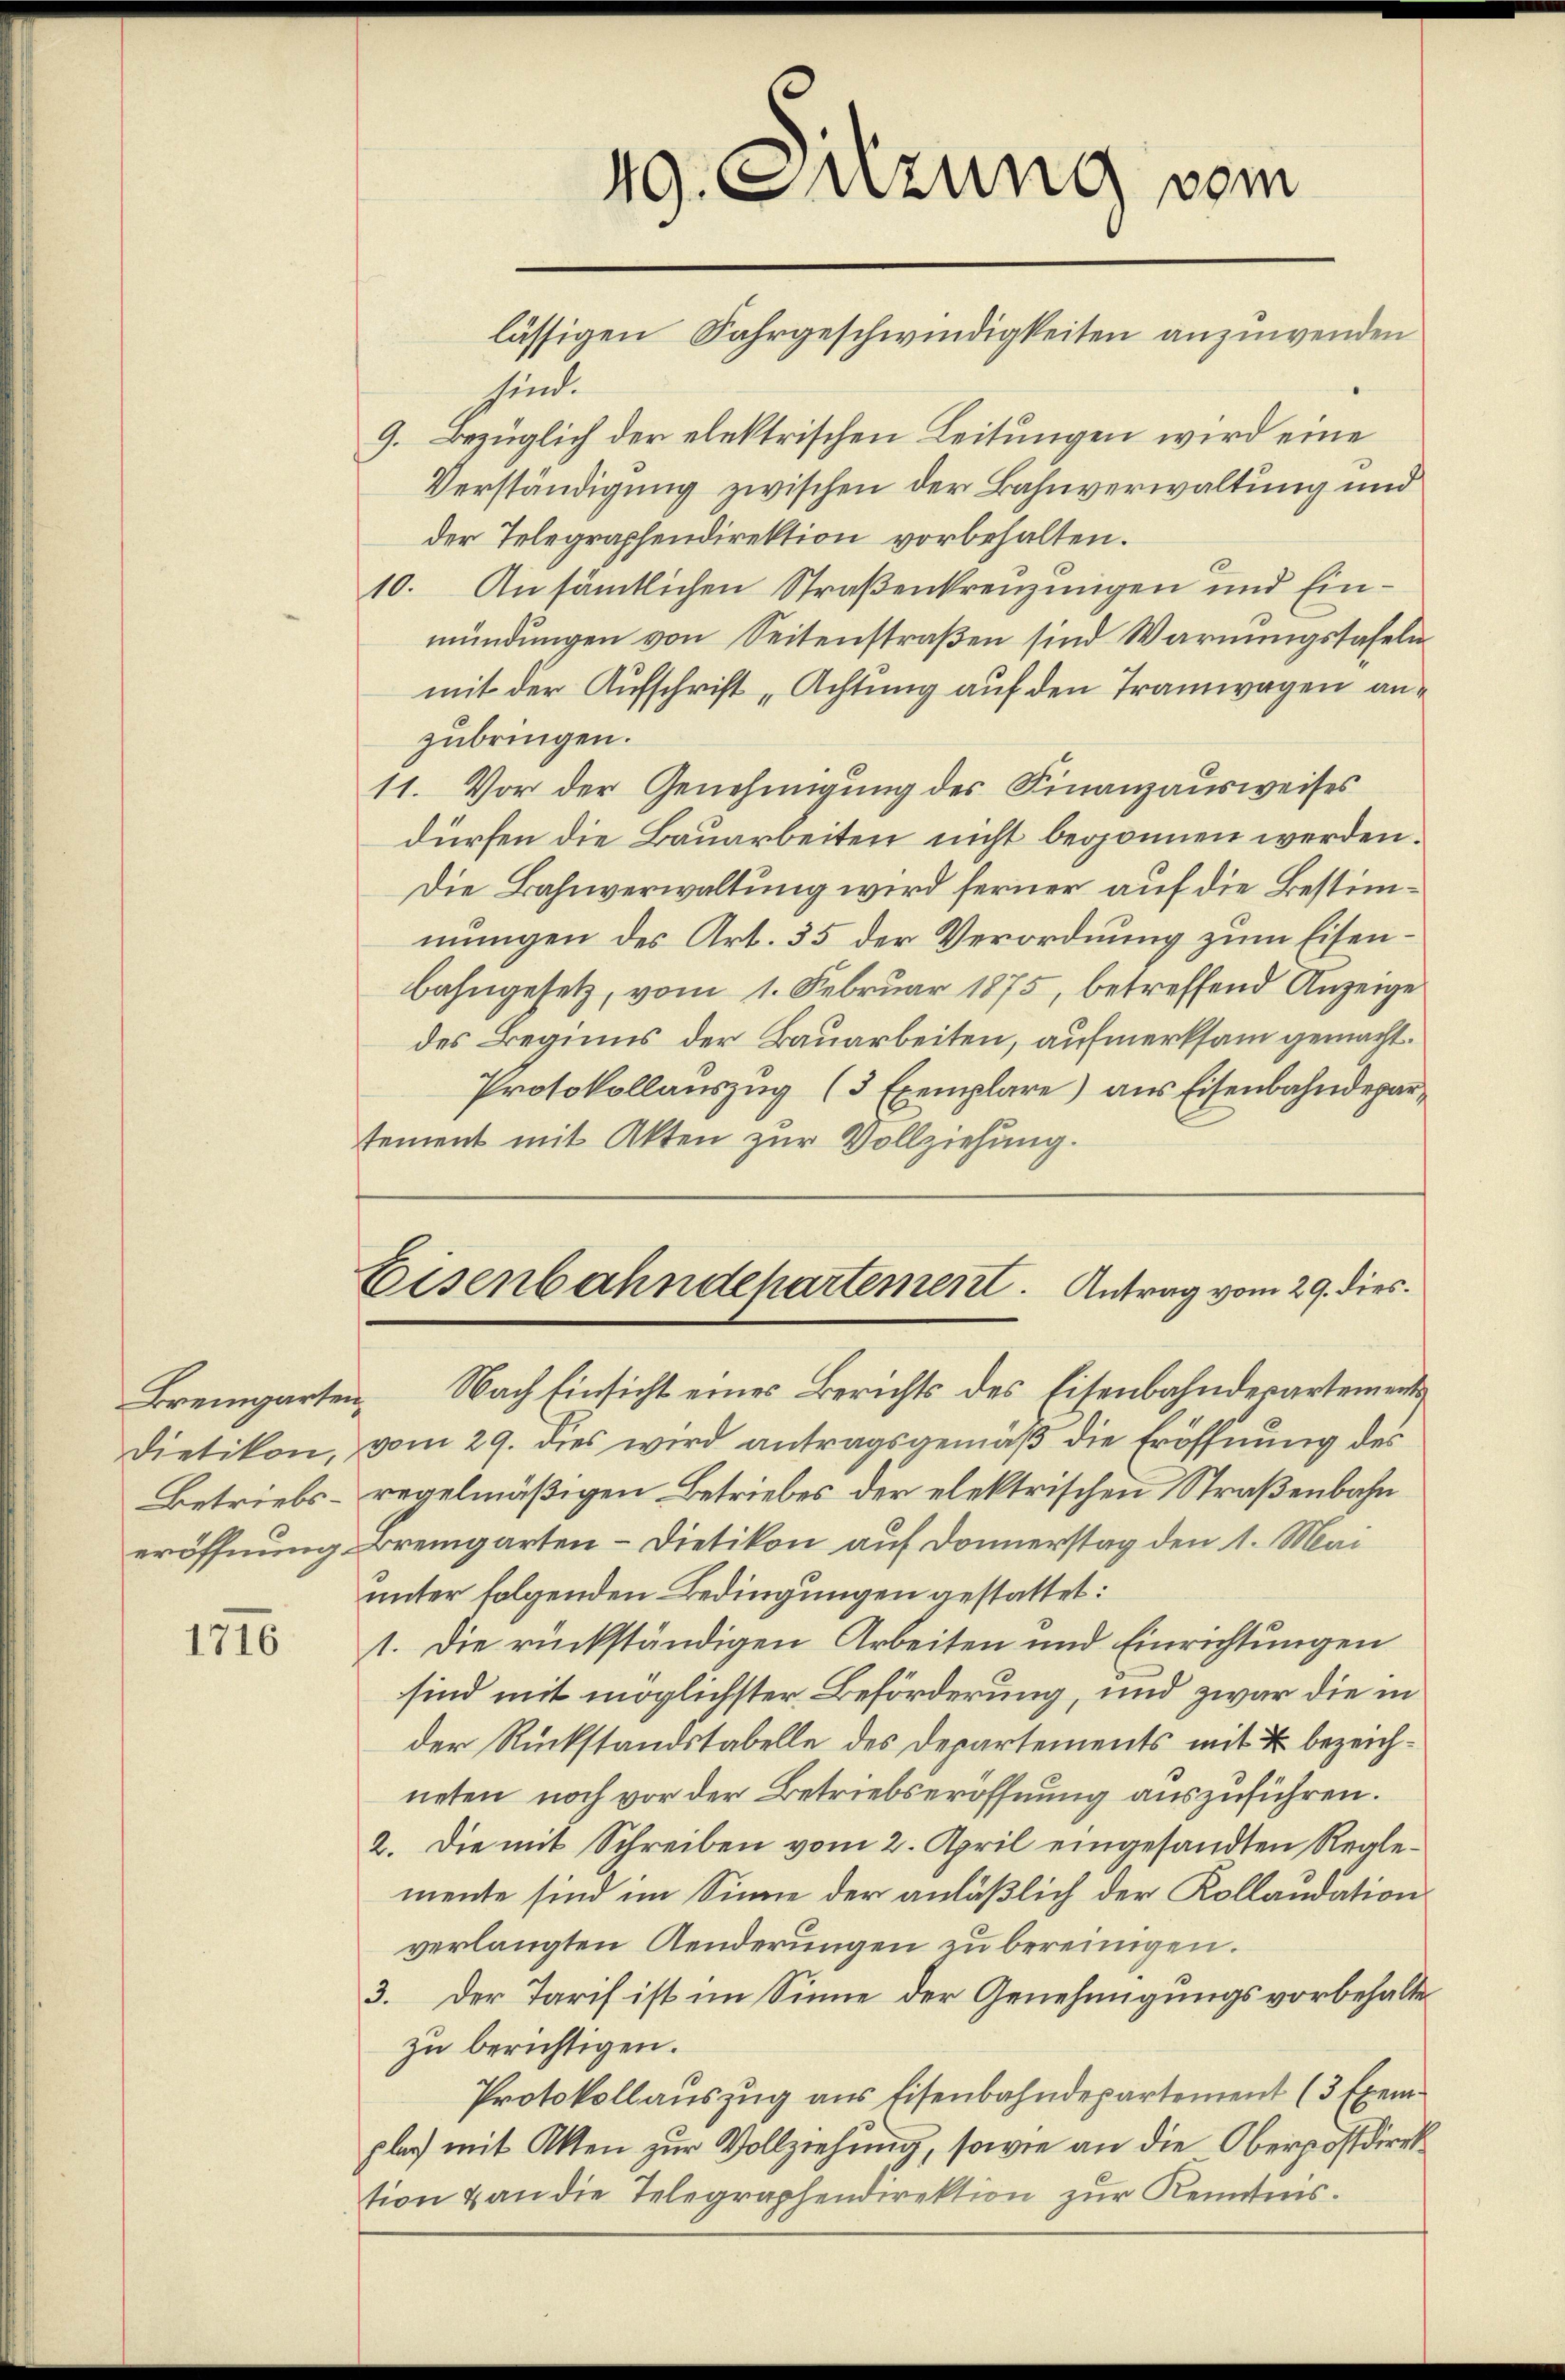
Bremgarten.
Dietikon,
Betriebseröffnung.

1716

lässigen Fahrgeschwindigkeiten anzuwenden
sind.
9. Bezüglich der elektrischen Leitungen wird eine
Verständigung zwischen der Bahnverwaltung und
der Telegraphendirektion vorbehalten.
10. Ansämtlichen Straßenkreuzungen und Einmündungen von Seitenstraßen sind Warnungstafeln
mit der Aufschrift „Achtung auf den Tramwagen anzubringen.
11. Vor der Genehmigung des Finanzausweises
dürfen die Bauarbeiten nicht begonnen werden.
Die Bahnverwaltung wird ferner auf die Bestimmungen des Art. 35 der Verordnung zum Eisenbahngesetz, vom 1. Februar 1875, betreffend Anzeige
des Beginns der Bauarbeiten, aufmerksam gemacht.
Protokollaŭszŭg (3 Exemplare) aus Eisenbahndepartement mit Akten zur Vollziehung.
Eisenbahndehartement. Antrag vom 29. dies
Nach Einsicht eines Berichts des Eisenbahnderartements
vom 29. dies wird antragsgemäß die Eröffnung des
regelmäßigen Betriebes der elektrischen Straßenbahn
Bremgarten – Dietikon auf Donnerstag den 1. Mai
unter folgenden Bedingungen gestattet:
1. Die rückständigen Arbeiten und Einrichtungen
sind mit möglichster Beförderung, und zwar die in
der Rückstandstabelle des Departements mit 2 bezeichneten noch vor der Betriebseröffnung auszuführen.
2. Die mit Schreiben vom 2. April eingesandten Reglemente sind im Sinne der anläßlich der Kollaudation
verlangten Aenderungen zu bereinigen.
3. Der Tarif ist im Sinne der Genehmigungsvorbehalte
zu berichtigen.
Protokollauszug aus Eisenbahndepartement (3 Exem
plan mit Akten zur Vollziehung, sowie an die Oberpostdirek
tion & an die Telegraphendirektion zur Kenntnis.

49. Sitzung vom